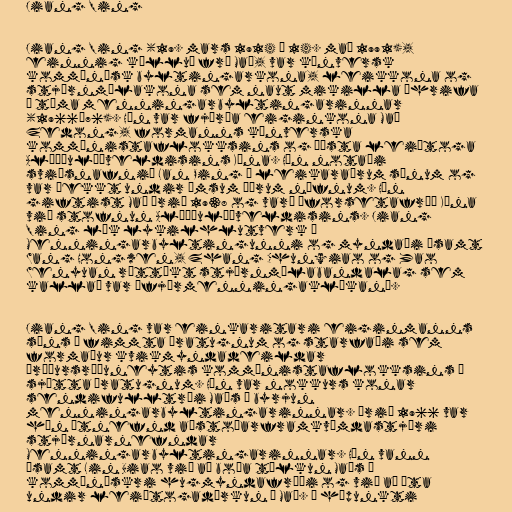
Jiang Qing

Jiang Qing (19. mars 1914 – 14. maí 1991),
einnig kölluð frú Maó, var kínversk
kommúnísk byltingarkona, leikkona og
stjórnmálakona sem naut mikilla áhrifa
á tíma menningarbyltingarinnar
(1966–76). Hún var fjórða eiginkona Maó
Zedong, formanns kínverska
kommúnistaflokksins og æðsta leiðtoga
Alþýðulýðveldisins Kína. Hún notaði
sviðsnafnið Lan Ping á leikaraárum sínum og
var þekkt undir ýmsum öðrum nöfnum. Hún
giftist Maó árið 1938 og varð „forsetafrú“ Kína
við stofnun Alþýðulýðveldisins. Jiang
Qing lék lykilhlutverk í
Menningarbyltingunni og myndaði ásamt
Wang Hongwen, Zhang Chunqiao og Yao
Wenyuan róttækt stjórnmálabandalag sem
kallað var „fjórmenningaklíkan“.

Jiang Qing var einkaritari eiginmanns
síns á fimmta áratugnum og starfaði sem
formaður kvikmyndadeildar
áróðursráðuneytis kommúnistaflokksins á
sjötta áratugnum. Hún var nokkurs konar
sendifulltrúi Maós í byrjun
menningarbyltingarinnar. Árið 1966 var
hún útnefnd aðstoðarframkvæmdastjóri
stjórnarnefndar
Menningarbyltingarinnar. Hún vann
ásamt Lin Biao við að boða túlkun Maós á
kommúnískri hugmyndafræði og við að ýta
undir leiðtogadýrkun á Maó. Á hápunkti